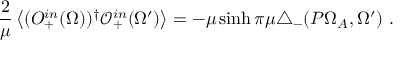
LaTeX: \frac { 2 } { \mu } \left< ( O _ { + } ^ { i n } ( \Omega ) ) ^ { \dag } \mathcal { O } _ { + } ^ { i n } ( \Omega ^ { \prime } ) \right> = - \mu \sinh \pi \mu \triangle _ { - } ( P \Omega _ { A } , \Omega ^ { \prime } ) \ .